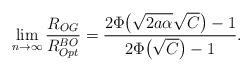
LaTeX: \begin{align*} \lim_{n\rightarrow\infty}\frac{R_{OG}}{R_{Opt}^{BO}}=\frac{2\Phi\big(\sqrt{2a\alpha}\sqrt{C}\big)-1}{2\Phi\big(\sqrt{C}\big)-1}. \end{align*}